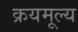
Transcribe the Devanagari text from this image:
क्रयमूल्य